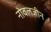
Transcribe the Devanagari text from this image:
नोवलजीन